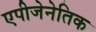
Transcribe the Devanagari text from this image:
एपीजेनेतिक